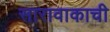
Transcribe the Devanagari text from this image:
सारावाकाची